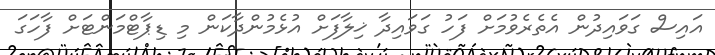
އައިސް ގަވައިދުން އެތެރެވުމަށް ފަހު ގަވައިދާ ޚިލާފަށް އުޅެމުންދާކަން މި ޑިޕާޓްމަންޓަށް ފާހަގަ